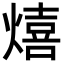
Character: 熺